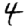
Digit: 4